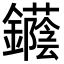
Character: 𨯛